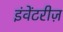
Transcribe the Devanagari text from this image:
इंवेंटरीज़